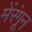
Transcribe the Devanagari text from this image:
मेंरंगून